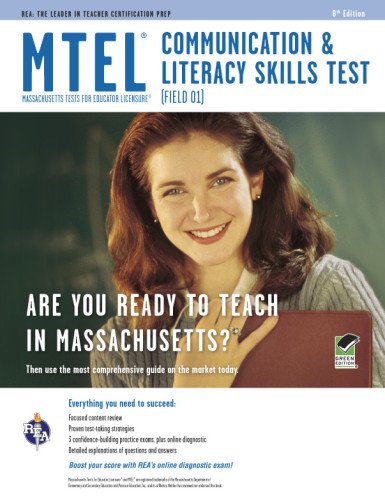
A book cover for MTEL Communication & Literacy (Field 01) Book + Online (MTEL Teacher Certification Test Prep); Gail Rae M.A.; Test Preparation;